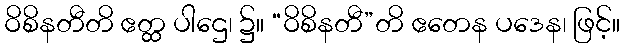
ဝိစိနတီတိ ဧတ္ထ ပါဌေ၊ ၌။ “ဝိစိနတီ”တိ ဧတေန ပဒေန၊ ဖြင့်။